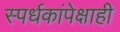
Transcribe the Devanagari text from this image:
स्पर्धकांपेक्षाही